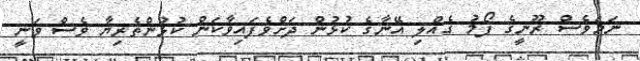
ނަމަވެސް ރޫނީގެ ފޯމު ގެއްްލި އޭނާގެ ކުޅުން ދަށްވެފައިވާކަން ކުޅުންތެރިޔާ ވެސް ވަނީ